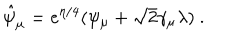
\hat { \psi } _ { \mu } = e ^ { \eta / 4 } ( \psi _ { \mu } + \sqrt { 2 } \gamma _ { \mu } \lambda ) \ .